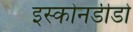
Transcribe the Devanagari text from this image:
इस्कोनडीडो